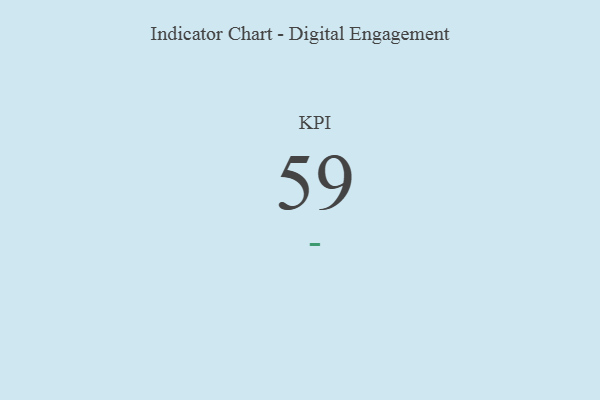
{"axis": {"x": "KPI", "y": "Value"}, "legend": [""], "data": [{"x": "KPI", "y": 59, "type": ""}]}